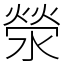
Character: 滎